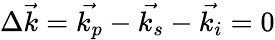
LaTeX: \Delta\vec{k}=\vec{k_{p}}-\vec{k_{s}}-\vec{k_{i}}=0